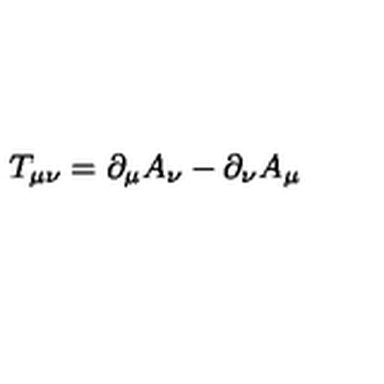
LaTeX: T _ { \mu \nu } = \partial _ { \mu } A _ { \nu } - \partial _ { \nu } A _ { \mu }